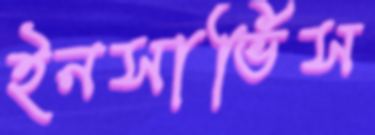
ইনসার্ভিস